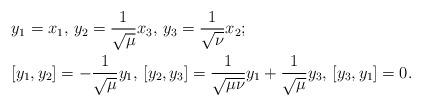
LaTeX: \begin{align*}&y_1=x_1, \, y_2=\frac{1}{\sqrt{\mu}}x_3, \, y_3=\frac{1}{\sqrt{\nu}}x_2;\\&[y_1,y_2]=-\frac{1}{\sqrt{\mu}}y_1, \,[y_2,y_3]=\frac{1}{\sqrt{\mu\nu}}y_1 + \frac{1}{\sqrt{\mu}}y_3, \,[y_3,y_1]=0.\end{align*}